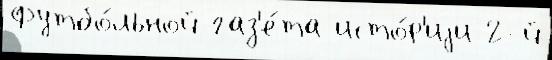
Футбо́льной газ'е́та исто́р'иjи 2-й